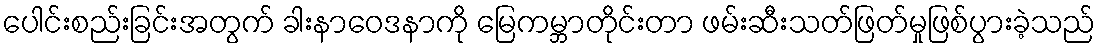
ပေါင်းစည်းခြင်းအတွက် ခါးနာဝေဒနာကို မြေကမ္ဘာတိုင်းတာ ဖမ်းဆီးသတ်ဖြတ်မှုဖြစ်ပွားခဲ့သည်